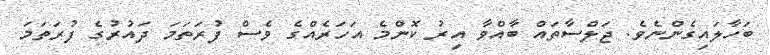
ބަހާލައިގެންނެވެ. ޖަލްސާތައް ބާއްވާ އިރު ކޮންމެ އަހަރެއްގެ ވެސް ފުރަތަމަ ދައުރުގެ ފުރަތަމަ